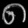
Digit: ၈